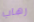
رهاب